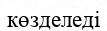
көзделеді